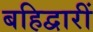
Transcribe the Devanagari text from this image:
बहिद्वारीं